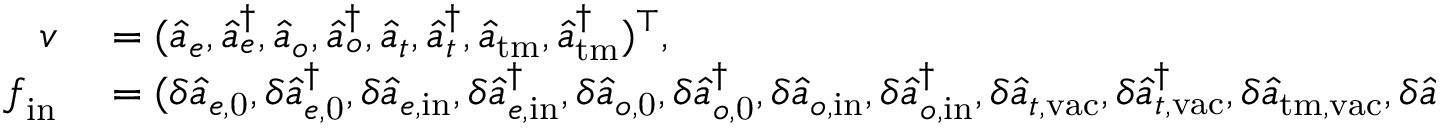
\begin{array} { r l } { \boldsymbol { v } } & { { } = ( \hat { a } _ { e } , \hat { a } _ { e } ^ { \dagger } , \hat { a } _ { o } , \hat { a } _ { o } ^ { \dagger } , \hat { a } _ { t } , \hat { a } _ { t } ^ { \dagger } , \hat { a } _ { \mathrm { t m } } , \hat { a } _ { \mathrm { t m } } ^ { \dagger } ) ^ { \top } , } \\ { \boldsymbol { f } _ { \mathrm { i n } } } & { { } = ( \delta \hat { a } _ { e , \mathrm { 0 } } , \delta \hat { a } _ { e , \mathrm { 0 } } ^ { \dagger } , \delta \hat { a } _ { e , \mathrm { i n } } , \delta \hat { a } _ { e , \mathrm { i n } } ^ { \dagger } , \delta \hat { a } _ { o , \mathrm { 0 } } , \delta \hat { a } _ { o , \mathrm { 0 } } ^ { \dagger } , \delta \hat { a } _ { o , \mathrm { i n } } , \delta \hat { a } _ { o , \mathrm { i n } } ^ { \dagger } , \delta \hat { a } _ { t , \mathrm { v a c } } , \delta \hat { a } _ { t , \mathrm { v a c } } ^ { \dagger } , \delta \hat { a } _ { \mathrm { t m , v a c } } , \delta \hat { a } _ { \mathrm { t m , v a c } } ^ { \dagger } ) ^ { \top } , } \end{array}